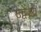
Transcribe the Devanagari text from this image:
उद्वेश्‍य